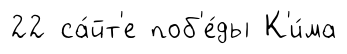
22 са́йт'е поб'е́ды К'и́ма